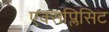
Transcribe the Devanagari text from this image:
एक्सप्लिसिट